Report on horse surra - Volume II, Part I
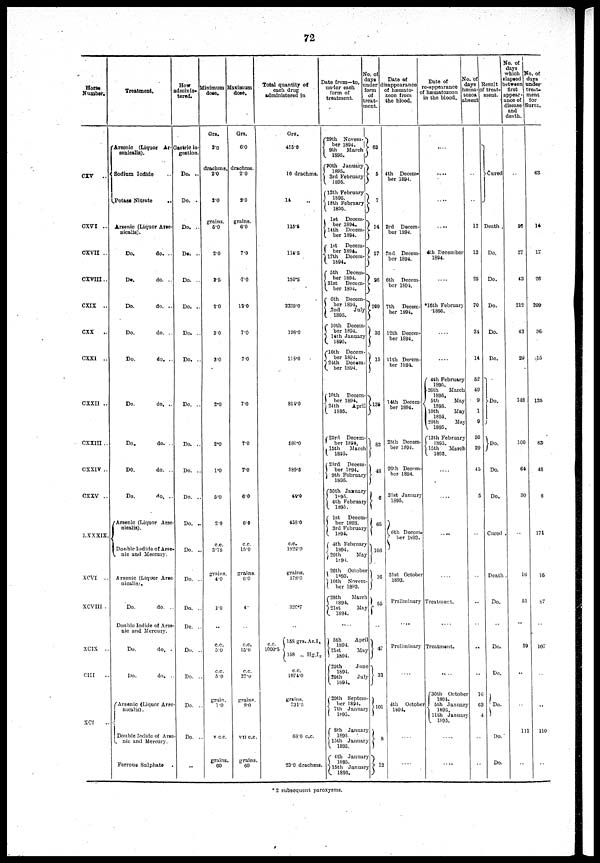
72
Horse
Number.
CXV
..
CXVI ..
CXVII ..
CXVIII..
CXIX
..
CXX
..
CXXI
..
CXXII ..
CXXIII ..
CXXIV ..
CXXV ..
LXXXIX.
XCVI
..
XCVIII .
XCIX
..
CIII
XCI
Treatment.
Arsenic (Liquor Ar-
senicalis).
{Sodium Iodide
Potase Nitrate
..
Arsenic (Liquor Arse-
uicalis).
Do.
do. ..
Do.
do. ..
Do.
do. ..
Do.
do. ..
Do.
do. ..
Do.
do. ..
Do.
do. ..
Do.
do. ..
Do.
do. ..
{Arsenic (Liquor Arse-
nicalis).
Double Iodide of Arse-
nic
and Mercury.
Arsenic (Liquor Arse
nicalis).
Do.
do. ..
Double Iodide of Arse-
nic and Mercury.
Do.
do. .
Do.
do. .
{Arsenic (Liquor Arse-
nicalis).
Double Iodide of
nic and Mercury.
Ferrous Sulphate
How
adminis-
tered.
Gastric in-
gestion.
Do. ..
Do. ..
Do. ..
Do. ..
Do. ..
Do. ..
Do. ..
Do. ..
Do. ..
Do. ..
Do. ..
Do. ..
Do. ..
Do. ..
Do. .
Do. .
Do. .
Do. .
Do. .
Do. .
Do. .
..
Minimum
dose.
Grs.
2.0
drachms.
2.0
2.0
grains.
6.0
2.0
2.5
20
3.0
3.0
2.0
2.0
1.0
5.0
2.0
c.c.
3.75
grains.
40
1.0
c.c.
5.0
c.c.
5.0
grain.
1.0
V C.C.
grains.
60
Maximum
dose.
Grs.
6.0
drachms.
2.0
2.0
grains.
60
7.0
.7.0
120
7.0
7.0
7.0
7.0
70
6.0
68
c.c.
15.0
grains.
00
4.
c.c.
15.0
c.c.
27.0
grains
8.0
VII C.C.
grains.
60
Total quantity of
each drug
administered in
Grs.
455.0
10 drachms.
14
115.5
114.5
150.5
2239.0
198.0
118.0
814.0
586.0
389.5
44.0
458.0
c.c.
1822.0
grains.
178.0
326.7
c.c.
{158grs.As.I
1000.5
158 „ Hg.I2
c.c.
1074.0
grains.
731.5
68.0 c.c.
23.0 drachm
Date from—to,
under each
form of
treatment.
{29th Novem-
ber 1894
9th
March
1895.
{30th January
1895
3rd February
1895.
{12th February
1895.
18th February
1895.
1st Decem¬
ber 1894.
14 th Decem¬
ber 1894.
{ 1st Decem¬
ber 1894.
17th Decem¬
1894.
{5th Decem¬
ber 1894.
31st Decem¬
ber 1894.
{6th
Decem-
ber 1894.
2nd
July
1895.
{ 10th Decem
ber 1894.
14th January
1895.
{10th Decem¬
ber 1894.
24th Decem¬
ber 1894.
{10th Decem¬
ber 1894.
24 th
April
1895.
{ 23rd Decem¬
ber 1894.
15th March
1895.
{23rd Decem
ber 1894.
9th February
1895.
{30th January
1895.
4th February
1895.
{ 1st Decem¬
ber 1893.
3rd February
1894.
{ 4th February
1894.
20th
May
1894.
26th October
1893.
10th Novem¬
ber 1893.
{28th March
1894.
21st
May
1894.
{ 5th
April
1894.
21st
May
1894.
{29th
June
1894.
29th
July
1891.
{29th Septem¬
ber 1894.
7th January
1895.
{8th January
1895.
15th January
1895.
{4th January
1895.
15th January
1895.
No.of
days
under
form
of
treat-
ment.
}63
5
}7
}14
}17
} 26
} 209
} 36
}15
} 135
} 83
}48
}6
}65
}106
}16
}
55
} 47
} 31
} 101
}8
}12
Date of
disappearance
of hæmato¬
zoon from
the blood.
4th Decem-
ber 1894.
3rd Decem-
ber 1894.
2nd Decem-
ber 1894.
6th
Decem-
ber 1891.
7th
Decem-
ber 1804.
12th Decem-
ber 1894.
11th Decem-
ber 1894.
14th Decem-
ber 1894.
25th Decem-
ber 1894.
26th Decem-
ber 1894.
31st January
1895.
}6th Decem¬
ber 1893.
31st October
1893.
Preliminary
Preliminary
4th Octobcer
1894.
Date of
re-appearance
hæmtozoon
in the blood.
...
....
....
....
4th December
1894.
*16th February
1895.
4th February
1895.
26th
March
1895.
{ 5th
May
1895.
10th
May
1895.
20th
May
1895.
13th February
1895.
{ 15th March
1895.
....
.....
Treatment.
Treatment.
....
{30th October
1891.
5th January
1895.
11th January
1895.
No. of
days
hæma-
tozoa
absent
...
...
12
12
25
70
31
14
52
49
9
1
9
50
29
45
5
..
...
16
63
4
Result
of
treat-
ment.
}Cured
Death .
Do.
Do.
Do.
Do.
Do.
} Do.
}Do.
Do.
Do.
Cured
Death
Do.
Do.
Do.
Do.
Do.
Do.
No. of
days
which
elapsed
between
first
appear-
ance of
disease
and
death.
...
26
27
43
212
43
29
148
100
64
30
16
51
59
111
No. of
days
under
treat¬
ment
for
Surra.
63
14
17
26
209
36.
15
135
83
48
6
171
16.
87
107
110
* 2 subsequent paroxysms.